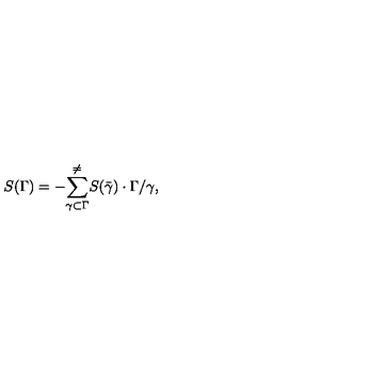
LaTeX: S ( \Gamma ) = - { \sum _ { \gamma \subset \Gamma } ^ { \neq } } S ( \bar { \gamma } ) \cdot \Gamma / \gamma ,